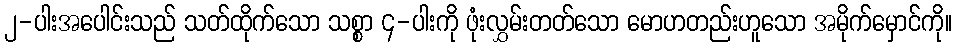
၂-ပါးအပေါင်းသည် သတ်ထိုက်သော သစ္စာ ၄-ပါးကို ဖုံးလွှမ်းတတ်သော မောဟတည်းဟူသော အမိုက်မှောင်ကို။